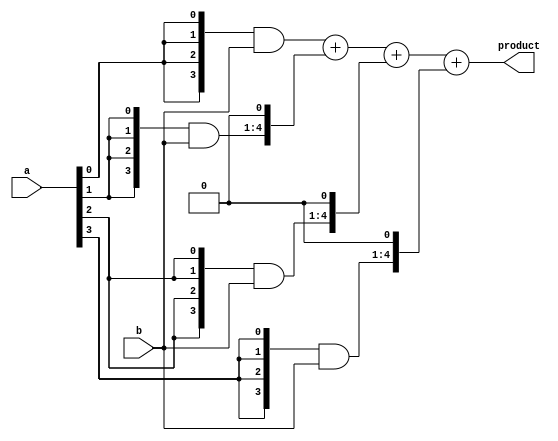
`timescale 1ns / 1ps
//////////////////////////////////////////////////////////////////////////////////
// Company: 
// Engineer: 
// 
// Design Name: 
// Module Name: multiplier_4bit
// Project Name: 
// Target Devices: 
// Tool Versions: 
// Description: 
// 
// Dependencies: 
// 
// Revision:
// Revision 0.01 - File Created
// Additional Comments:
// 
//////////////////////////////////////////////////////////////////////////////////


module multiplier_4bit(
    input [3:0] a,b,
    output [7:0] product
    );
    
    wire [3:0] m0;
    wire [3:0] m1;
    wire [3:0] m2;
    wire [3:0] m3;
    
    wire [7:0] s1,s2,s3;
    
    assign m0 = {4{a[0]}} & b[3:0];
    assign m1 = {4{a[1]}} & b[3:0];
    assign m2 = {4{a[2]}} & b[3:0];
    assign m3 = {4{a[3]}} & b[3:0];
    
    assign s1 = m0 + (m1<<1);
    assign s2 = s1 + (m2<<1);
    assign s3 = s2 + (m3<<1);
    assign product = s3;
    
endmodule